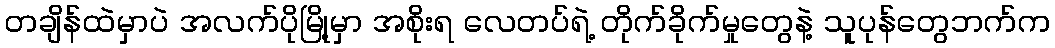
တချိန်ထဲမှာပဲ အလက်ပိုမြို့မှာ အစိုးရ လေတပ်ရဲ့ တိုက်ခိုက်မှုတွေနဲ့ သူပုန်တွေဘက်က